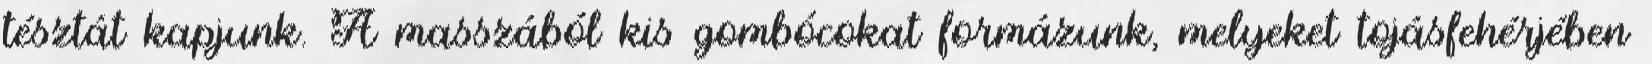
tésztát kapjunk. A masszából kis gombócokat formázunk, melyeket tojásfehérjében